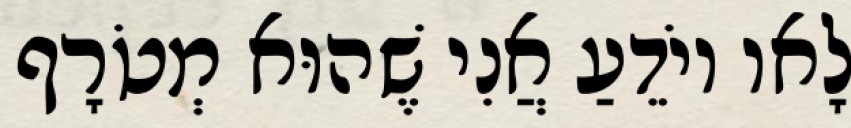
לָאו יוֹדֵעַ אֲנִי שֶׁהוּא מְטֹרָף